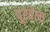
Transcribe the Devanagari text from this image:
पूरवेला